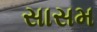
સાસમ